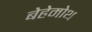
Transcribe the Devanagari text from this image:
बेहेमोथ